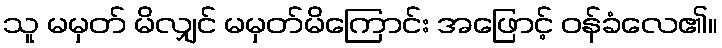
သူ မမှတ် မိလျှင် မမှတ်မိကြောင်း အဖြောင့် ဝန်ခံလေ၏။